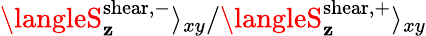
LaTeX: \langleS_{\mathbf{z}}^{\mathrm{{shear,-}}}\rangle_{xy}/\langleS_{\mathbf{z}}^{\mathrm{{shear,+}}}\rangle_{xy}